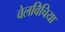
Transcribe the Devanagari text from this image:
वेलविचिया